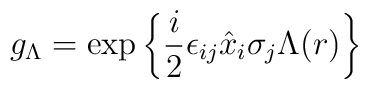
g_{\Lambda}=\exp\left\{\frac{i}{2}\epsilon_{ij} \hat{x}_i\sigma_j\Lambda(r)\right\}